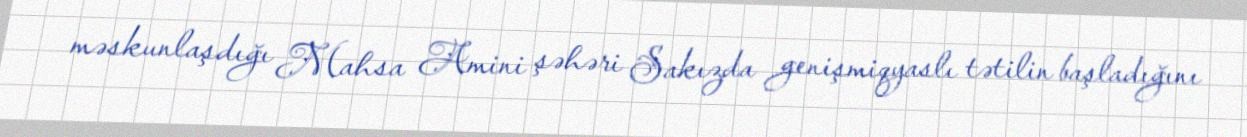
məskunlaşdığı Mahsa Amini şəhəri Sakızda genişmiqyaslı tətilin başladığını